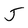
Character: J